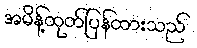
အမိန့်ထုတ်ပြန်ထားသည်